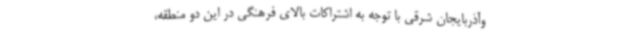
وآذربایجان شرقی با توجه به اشتراکات بالای فرهنگی در این دو منطقه،